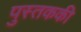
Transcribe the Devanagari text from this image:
पुस्तककी